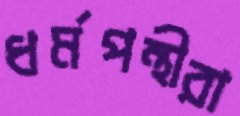
ধর্মপন্থীরা